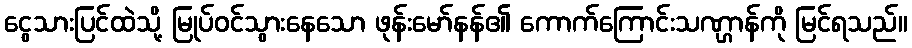
ငွေသားပြင်ထဲသို့ မြုပ်ဝင်သွားနေသော ဖုန်းမော်နန်၏ ကောက်ကြောင်းသဏ္ဌာန်ကို မြင်ရသည်။